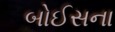
બોઈસના